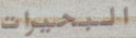
البحيرات